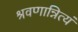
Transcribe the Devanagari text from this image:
श्रवणान्नित्यं